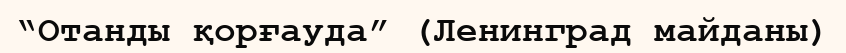
“Отанды қорғауда” (Ленинград майданы)